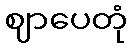
ဈာပေတုံ